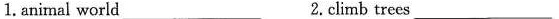
1. animal world___ 2.climb trees___